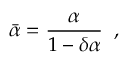
\bar { \alpha } = \frac { \alpha } { 1 - \delta \alpha } \; \; ,